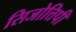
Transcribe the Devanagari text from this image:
सिजोत्तिपी